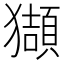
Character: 𤢺